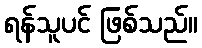
ရန်သူပင် ဖြစ်သည်။